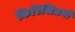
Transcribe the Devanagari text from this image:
किरिशितनों